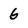
Character: 6